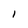
Character: I